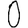
Digit: 0